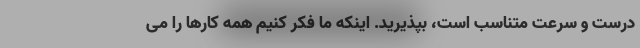
درست و سرعت متناسب است، بپذیرید. اینکه ما فکر کنیم همه کارها را می